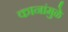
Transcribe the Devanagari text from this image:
कानांमुळे